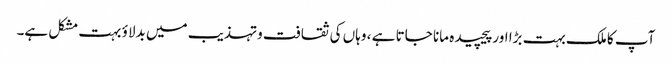
آپ کا ملک بہت بڑا اور پیچیده مانا جاتا ہے ، وہاں کی ثقافت وتہذیب میں بدلاؤ بہت مشکل ہے۔